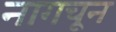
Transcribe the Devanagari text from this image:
नागचून